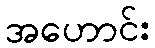
အဟောင်း